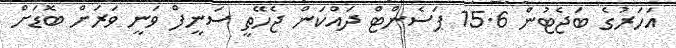
އަހަރުގެ ބަޖެޓުން 15.6 ޕަސެންޓް ދައްކަން ޖެހޭތީ ސަނީފް ވަނީ ވަރަށް ބޮޑަށް